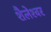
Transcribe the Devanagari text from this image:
शैलेश्‍वर